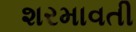
શરમાવતી